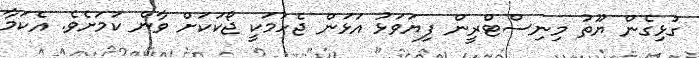
ގުޅިގެން ޔޫތު މިނިސްޓްރީން ފިޔަވަޅު އަޅަން ޖެހުމަކީ ޖޯކަކަށް ވާނެ ކަމަށެވެ. އެކަމާ